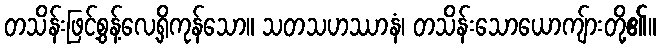
တသိန်းဖြင့်စွန့်လေ့ရှိကုန်သော။ သတသဟဿာနံ၊ တသိန်းသောယောကျ်ားတို့၏။